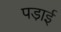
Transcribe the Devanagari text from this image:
पडा़ई